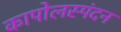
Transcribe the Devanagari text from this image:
कापोलस्पंदन